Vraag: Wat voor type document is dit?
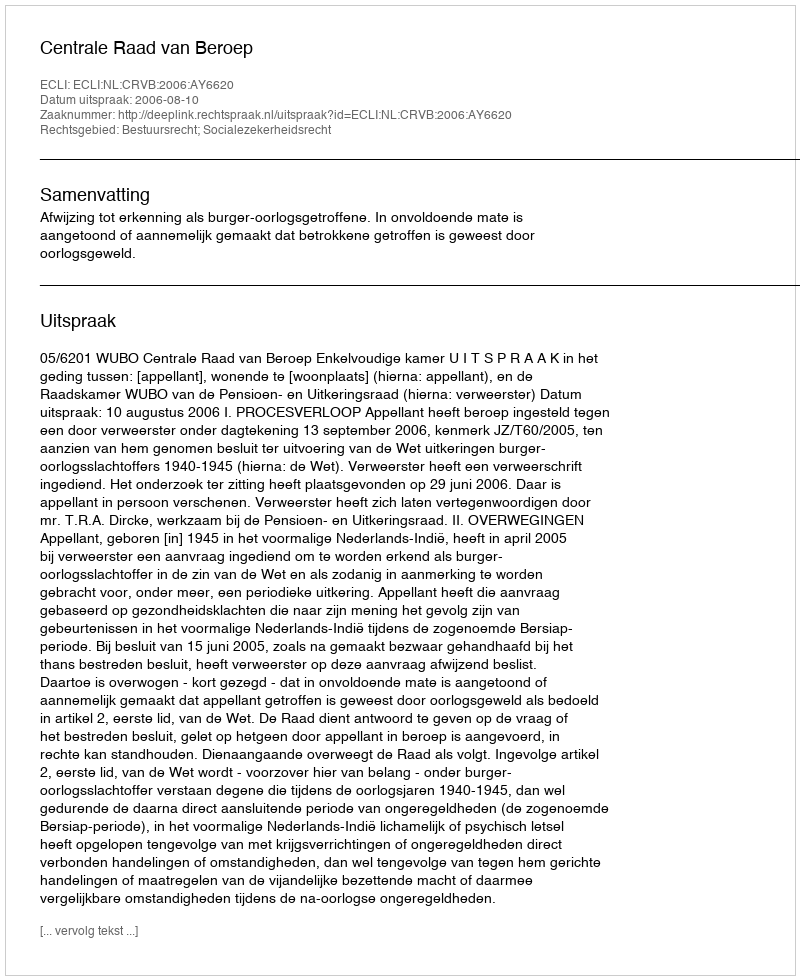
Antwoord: Uitspraak